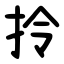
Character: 拎